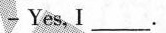
- Yes, I___.